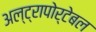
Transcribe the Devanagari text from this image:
अल्ट्रापोर्टेबल